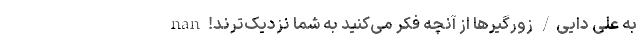
به علی دایی/ زورگیرها از آنچه فکر می‌کنید به شما نزدیک‌ترند! nan